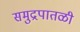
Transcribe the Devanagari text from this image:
समुद्रपातळी